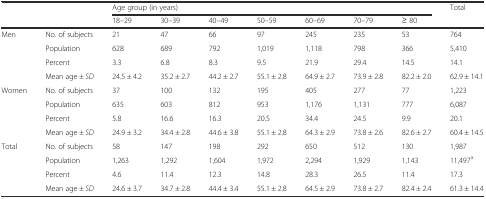
<table><thead><tr><td rowspan="2"></td><td rowspan="2"></td><td colspan="7"><b>Age group (in years)</b></td><td rowspan="2"><b>Total</b></td></tr><tr><td><b>18–29</b></td><td><b>30–39</b></td><td><b>40–49</b></td><td><b>50–59</b></td><td><b>60–69</b></td><td><b>70–79</b></td><td><b>≥ 80</b></td></tr></thead><tbody><tr><td rowspan="4">Men</td><td>No. of subjects</td><td>21</td><td>47</td><td>66</td><td>97</td><td>245</td><td>235</td><td>53</td><td>764</td></tr><tr><td>Population</td><td>628</td><td>689</td><td>792</td><td>1,019</td><td>1,118</td><td>798</td><td>366</td><td>5,410</td></tr><tr><td>Percent</td><td>3.3</td><td>6.8</td><td>8.3</td><td>9.5</td><td>21.9</td><td>29.4</td><td>14.5</td><td>14.1</td></tr><tr><td>Mean age ± <i>SD</i></td><td>24.5 ± 4.2</td><td>35.2 ± 2.7</td><td>44.2 ± 2.7</td><td>55.1 ± 2.8</td><td>64.9 ± 2.7</td><td>73.9 ± 2.8</td><td>82.2 ± 2.0</td><td>62.9 ± 14.1</td></tr><tr><td rowspan="4">Women</td><td>No. of subjects</td><td>37</td><td>100</td><td>132</td><td>195</td><td>405</td><td>277</td><td>77</td><td>1,223</td></tr><tr><td>Population</td><td>635</td><td>603</td><td>812</td><td>953</td><td>1,176</td><td>1,131</td><td>777</td><td>6,087</td></tr><tr><td>Percent</td><td>5.8</td><td>16.6</td><td>16.3</td><td>20.5</td><td>34.4</td><td>24.5</td><td>9.9</td><td>20.1</td></tr><tr><td>Mean age ± <i>SD</i></td><td>24.9 ± 3.2</td><td>34.4 ± 2.8</td><td>44.6 ± 3.8</td><td>55.1 ± 2.8</td><td>64.3 ± 2.9</td><td>73.8 ± 2.6</td><td>82.6 ± 2.7</td><td>60.4 ± 14.5</td></tr><tr><td rowspan="4">Total</td><td>No. of subjects</td><td>58</td><td>147</td><td>198</td><td>292</td><td>650</td><td>512</td><td>130</td><td>1,987</td></tr><tr><td>Population</td><td>1,263</td><td>1,292</td><td>1,604</td><td>1,972</td><td>2,294</td><td>1,929</td><td>1,143</td><td>11,497<sup>a</sup></td></tr><tr><td>Percent</td><td>4.6</td><td>11.4</td><td>12.3</td><td>14.8</td><td>28.3</td><td>26.5</td><td>11.4</td><td>17.3</td></tr><tr><td>Mean age ± <i>SD</i></td><td>24.6 ± 3.7</td><td>34.7 ± 2.8</td><td>44.4 ± 3.4</td><td>55.1 ± 2.8</td><td>64.5 ± 2.9</td><td>73.8 ± 2.7</td><td>82.4 ± 2.4</td><td>61.3 ± 14.4</td></tr></tbody></table>